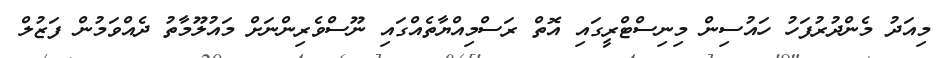
މިއަދު މެންދުރުފަހު ހައުސިން މިނިސްޓްރީގައި އޮތް ރަސްމިއްޔާތެއްގައި ނޫސްވެރިންނަށް މައުލޫމާތު ދެއްވަމުން ފަޒުލް